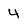
Character: 4